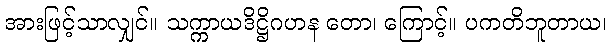
အားဖြင့်သာလျှင်။ သက္ကာယဒိဋ္ဌိဂဟန တော၊ ကြောင့်။ ပကတိဘူတာယ၊